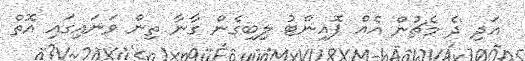
އަދި ދެ މެޗުން އެއް ޕޮއިންޓު ލިބިގެން ގާނާ ތިން ވަނައިގައި އޮތް